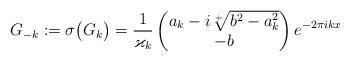
LaTeX: \begin{align*}G_{-k}:=\sigma\big(G_k\big)=\frac{1}{\varkappa_k}\begin{pmatrix}a_k- i \sqrt[+]{b^2-a_k^2}\\-b\end{pmatrix}e^{-2\pi i k x}\end{align*}